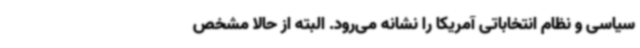
سیاسی و نظام انتخاباتی آمریکا را نشانه می‌رود. البته از حالا مشخص